Report of the Indian Hemp Drugs Commission, 1894-1895 - Volume VI
Year: 1894
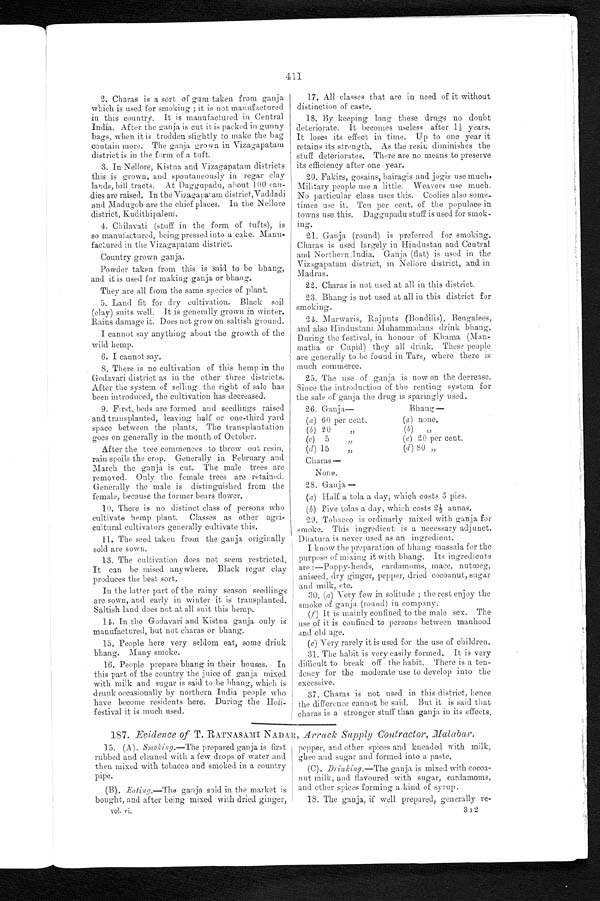
411
2. Charas is a sort of gum taken from ganja
which is used for smoking ; it is not manufactured
in this country. It is manufactured in Central
India. After the ganja is cut it is packed in gunny
bags, when it is trodden slightly to make the bag
contain more. The ganja grown in Vizagapatam
district is in the form of a tuft.
3. In Nellore, Kistna and Vizagapatam districts
this is grown, and spontaneously in regar clay
lands, hill tracts. At Daggupadu, about 100 can-
- d i e s a r e r a i s e d . I n t h e V i z a g a p a t a m d i s t r i c t , V a d d a d i
and Madugob are the chief places. In the Nellore
district, Kudithipalem.
4. Chilavati (stuff in the form of tufts), is
so manufactured, being pressed into a cake. Manu--
factured in the Vizagapatam district.
Country grown ganja.
Powder taken from this is said to be bhang,
and it is used for making ganja or bhang.
They are all from the same species of plant.
5. Land fit for dry cultivation. Black soil
(clay) suits well. It is generally grown in winter.
Rains damage it. Does not grow on saltish ground.
I cannot say anything about the growth of the
wild hemp.
6. I cannot say.
8 . T h e r e i s n o c u l t i v a t i o n o f t h i s h e m p i n t h e
Godavari district as in the other three districts.
After the system of selling the right of sale has
been introduced, the cultivation has decreased.
9. First, beds are formed and seedlings raised
and transplanted, leaving half or one-third yard
space between the plants. The transplantation
goes on generally in the month of October.
After the tree commences to throw out resin,
rain spoils the crop. Generally in February and
March the ganja is cut. The male trees are
removed. Only the female trees are retained.
Generally the male is distinguished from the
female, because the former bears flower.
10. There is no distinct class of persons who
cultivate hemp plant. Classes as other agri
- c u l t u r a l c u l t i v a t o r s g e n e r a l l y c u l t i v a t e t h i s .
11. The seed. taken from the ganja originally
sold are sown.
13. The cultivation does not seem restricted.
It can be raised anywhere. Black regar clay
produces the best sort.
In the latter part of the rainy season seedlings
are sown, and early in winter it is transplanted.
Saltish land does not at all suit this hemp.
14. In the Godavari and Kistna ganja only is
manufactured, but not charas or bhang.
15.People here very seldom eat, some drink
bhang. Many smoke.
16. People prepare bhang in their houses. In
this part of the country the juice of ganja mixed
with milk and sugar is said to be bhang, which is
drunk occasionally by northern India people who
have become residents here. During the Holi
- f e s t i v a l i t i s m u c h u s e d .
17. All classes that are in need of it without
distinction of caste.
18. By keeping long these drugs no doubt
deteriorate. It becomes useless after 1½ years.
It loses its effect in time. Up to one year it
retains its strength. As the resin diminishes the
stuff deteriorates. There are no means to preserve
its eff iciency after one year.
20. Fakirs, gosains, bairagis and jogis use much.
Military people use a little. Weavers use much.
No particular class uses this. Coolies also some
- t i m e s u s e i t . T e n p e r c e n t . o f t h e p o p u l a c e i n
towns use this. Daggupadu stuff is used for smok-
ing.
21. Ganja (round) is preferred for smoking.
Charas is used largely in Hindustan and Central
and Northern India, Ganja (flat) is used in the
Vizagapatam district, in Nellore district, and in
Madras.
22. Charas is not used at all in this district.
23. Bhang is not used at all in this district for
smoking.
24. Marwaris, Rajputs (Bondilis), Bengalees,
and also Hindustani Muhammadans drink bhang.
During the festival, in honour of Khama (
M a n - m a t h a o r C u p i d ) t h e y a l l d r i n k . T h e s e p e o p l e
are generally to be found in Tars, where there is
much commerce.
25. The use of ganja is now on the decrease.
Since the introduction of the renting system for
the sale of ganja the drug is sparingly used.
26. Ganja—
B h a n g —
( a ) 60 per cent.
(a) none.
(b) 20 " (b)
"
(c) 5 " ( c )
2 0 p e r c e n t .
(d)15 " ( d )
8 0 "
Charas —
None.
28. Ganja—
(a) Half a tola a day, which costs 3 pies.
(b) Five tolas a day, which costs 2½ annas.
29. Tobacco is ordinarly mixed with ganja for
smoke. This ingredient is a necessary adjunct.
Dhatura is never used as an ingredient.
I know the preparation of bhang massala for the
purpose of mixing it with bhang. Its ingredients
are :—Poppy-heads, cardamoms, mace, nutmeg,
aniseed, dry ginger, pepper, dried cocoanut, sugar
and milk, etc.
30. (a) Very few in solitude ; the rest enjoy the
smoke of ganja (round) in company.
(f ) It is mainly confined to the male sex. The
use of it is confined to persons between manhood
and old age.
(c) Very rarely it is used for the use of children.
31. The habit is very easily formed. It is very
difficult to break off the habit. There is a ten-
dency for the moderate use to develop into the
excessive.
37. Charas is not used in this district, hence
the difference cannot be said. But i
t is said that charas is a stronger stuff than ganja in its effects.
187. Evidence of T. RATNASAMI NADA.R, Arrack Supply Contractor, Malabar.
15. (A). Smoking.—The prepared ganja is first
rubbed and cleaned with a few drops of water and
then mixed with tobacco and smoked in a country
pipe.
(B). Eating.—The ganja sold in the market is
bought, and after being mixed with dried ginger,
vol. vi.
pepper, and other spices and kneaded with milk,
ghee and sugar and formed into a paste.
(C). Drinking.—The ganja is mixed with cocoa-
nut milk, and flavoured with sugar, cardamoms,
and other spices forming a kind of syrup.
18. The ganja, if well prepared, generally re-
3I2